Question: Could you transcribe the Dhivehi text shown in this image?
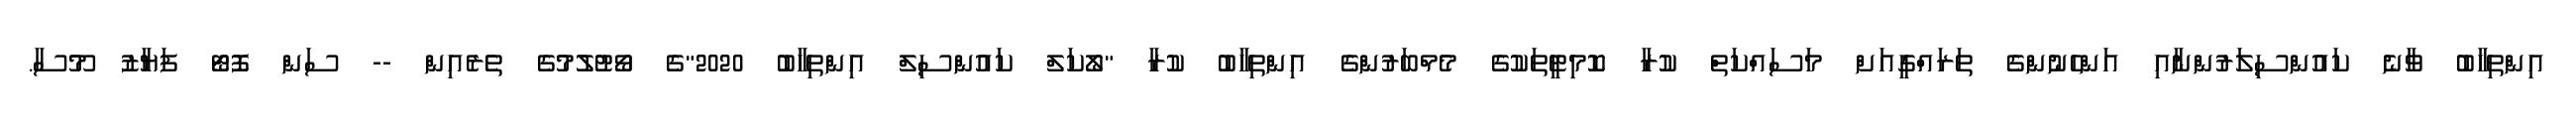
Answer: އިންތިހާބު ވާނެ ކައުންސިލަރުންނާއި އަންހެނުންގެ ތަރައްގީއަށް މަސައްކަތް ކުރާ ކޮމިޓީތަކުގެ މެމްބަރުންގެ އިންތިހާބު ކުރާ "ލޯކަލް ކައުންސިލް އިންތިހާބު 2020"ގެ ވޯޓުލުމުގެ ތެރެއިން -- ސަން ފޮޓޯ ފަޔާޒު މޫސާ.